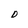
Character: D